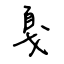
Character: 戛